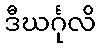
ဒီဃင်္ဂုလိ